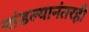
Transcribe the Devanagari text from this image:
मांडल्यानंतरही